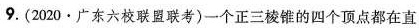
9. (2020 · 广东六校联盟联考)一个正三棱锥的四个顶点都在直